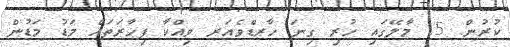
ކުރުން. 5. މާލޭގައި ހުރި ގިނަ ހާރޑްވެއަރ ވިއްކާ ފިހާރަތައް މަޑު މަޑުން